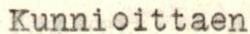
Kunnioittaen